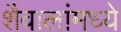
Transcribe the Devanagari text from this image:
शैवालांमध्ये